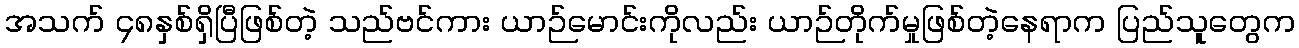
အသက် ၄၈နှစ်ရှိပြီဖြစ်တဲ့ သည်ဗင်ကား ယာဉ်မောင်းကိုလည်း ယာဉ်တိုက်မှုဖြစ်တဲ့နေရာက ပြည်သူတွေက